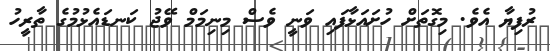
ރުފިޔާ އެވެ. މިގޮތަށް ހުށައަޅާފައި ވަނީ ވެސް މިނިމަމް ވޭޖު ކަނޑައެޅުމުގެ ތާރީހު